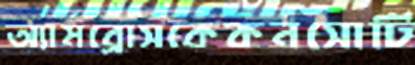
অ্যামব্রোসকেকনসোর্টি